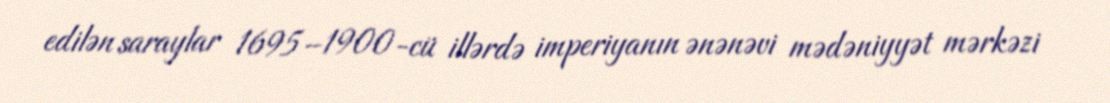
edilən saraylar 1695–1900-cü illərdə imperiyanın ənənəvi mədəniyyət mərkəzi